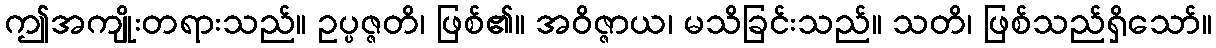
ဤအကျိုးတရားသည်။ ဥပ္ပဇ္ဇတိ၊ ဖြစ်၏။ အဝိဇ္ဇာယ၊ မသိခြင်းသည်။ သတိ၊ ဖြစ်သည်ရှိသော်။